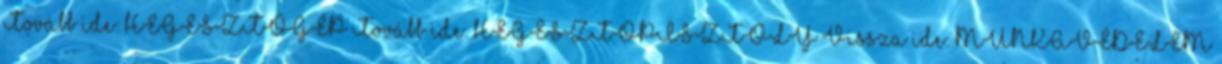
Tovább ide: HEGESZTŐGÉP Tovább ide: HEGESZTŐPISZTOLY Vissza ide: MUNKAVÉDELEM